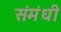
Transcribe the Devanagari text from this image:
संमंधी